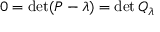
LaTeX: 0 = \operatorname * { d e t } ( P - \lambda ) = \operatorname * { d e t } Q _ { \lambda }